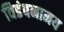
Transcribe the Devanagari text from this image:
विडंबनामय